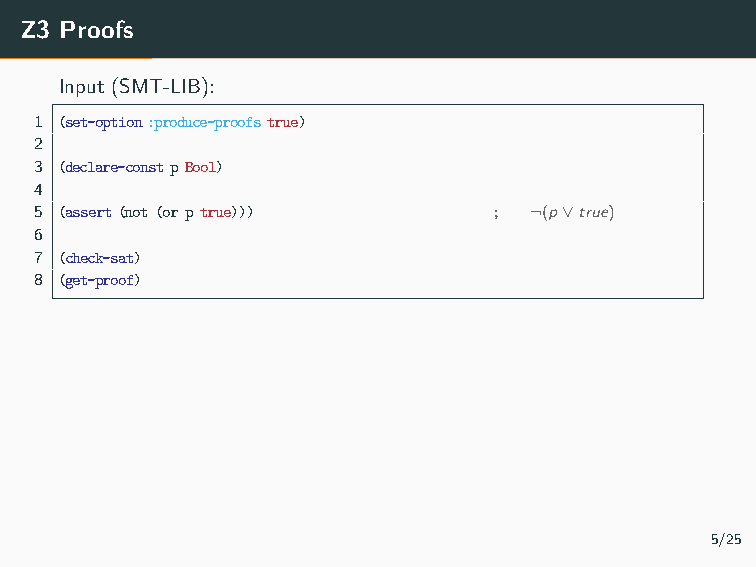
Output (Z3-specific):
 1 unsat
 2 (mp(not-or-elim
 3     (asserted(not(orptrue)))
 4     (nottrue))
 5   (rewrite(=(nottrue)false))
 6   false)
 Z3 Proofs
 Input (SMT-LIB):
 1 (set-option:produce-proofstrue)
 2
 3 (declare-constpBool)
 4
 5 (assert(not(orptrue)))       ; ¬(p∨true)
 6
 7 (check-sat)
 8 (get-proof)
 5/25